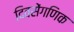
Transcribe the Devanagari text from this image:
दिवसेंगणिक